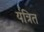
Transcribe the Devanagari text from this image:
यंत्रित